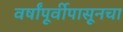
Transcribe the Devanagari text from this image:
वर्षांपूर्वीपासूनचा